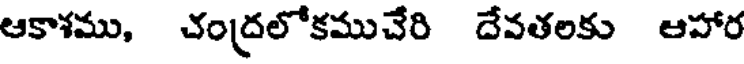
ఆకాశము, చంద్రలోకముచేరి దేవతలకు ఆహార